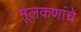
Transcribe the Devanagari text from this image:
मूलकणांचे